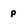
Character: p